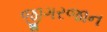
જીગરજાન